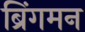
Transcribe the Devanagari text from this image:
ब्रिंगमन